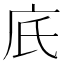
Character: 㡳